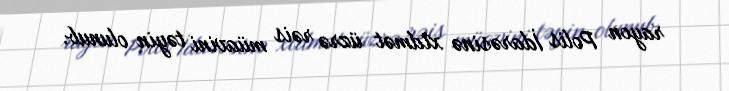
rayon Polis İdarəsinə xidmət üzrə rəis müavini təyin olunub.